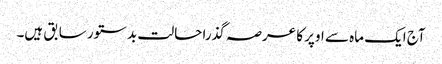
آج ایک ماہ سے اوپر کا عرصہ گذرا حالت بدستور سابق ہیں۔